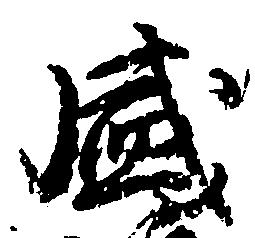
盛